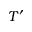
T ^ { \prime }